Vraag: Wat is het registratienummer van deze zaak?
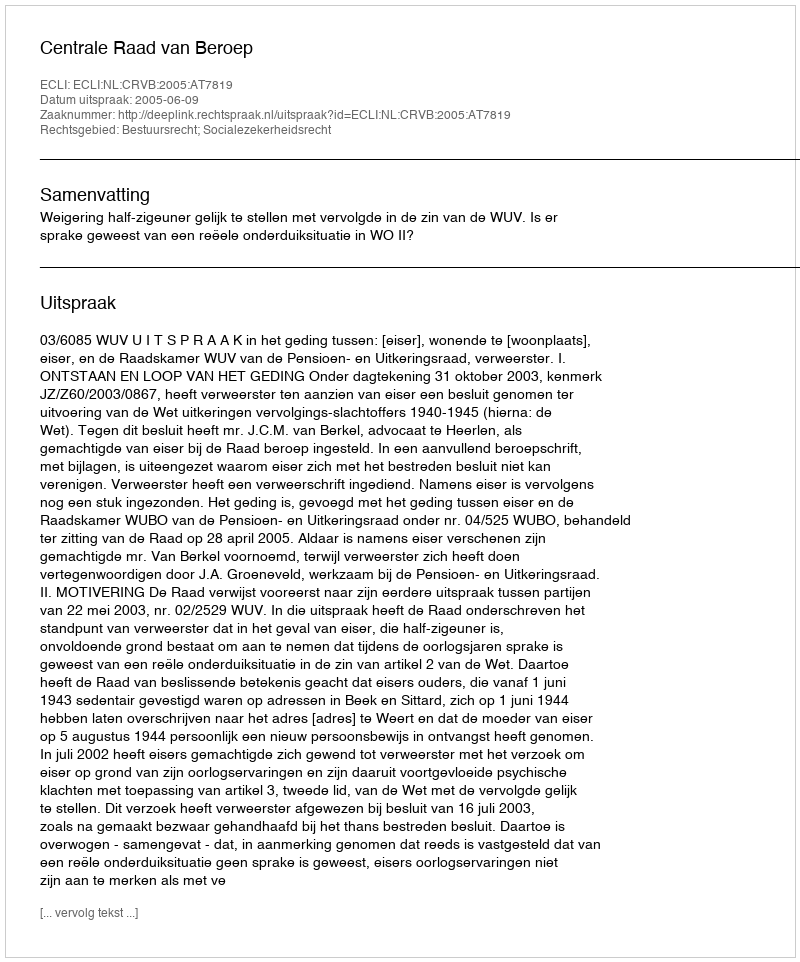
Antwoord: http://deeplink.rechtspraak.nl/uitspraak?id=ECLI:NL:CRVB:2005:AT7819